Senior Leaving Certificate Examination (including Day School Certificate (Higher) General paper), 1948
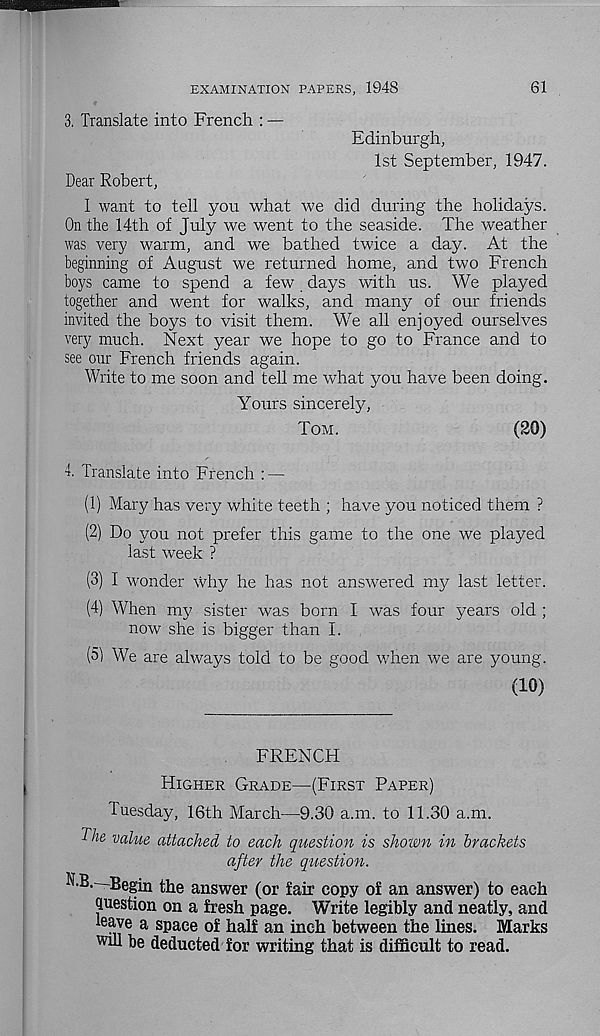
EXAMINATION PAPERS, 1948
61
3. Translate into French : —
Edinburgh,
1st September, 1947.
Dear Robert,
I want to tell you what we did during the holidays.
On the 14th of July we went to the seaside. The weather
was very warm, and we bathed twice a day. At the
beginning of August we returned home, and two French
boys came to spend a few days with us. We played
together and went for walks, and many of our friends
invited the boys to visit them. We all enjoyed ourselves
very much. Next year we hope to go to France and to
see our French friends again.
Write to me soon and tell me what you have been doing.
Yours sincerely,
Tom.
(20)
4. Translate into French : —
(1) Mary has very white teeth ; have you noticed them ?
(2) Do you not prefer this game to the one we played
last week ?
(3) I wonder why he has not answered my last letter.
(4) When my sister was born I was four years old ;
now she is bigger than I.
(5) We are always told to be good when we are young.
(10)
FRENCH
Higher Grade—(First Paper)
Tuesday, 16th March—9.30 a.m. to 11.30 a.m.
The value attached to each question is shown in brackets
after the question.
N.B.—Begin the answer (or fair copy of an answer) to each
Question on a fresh page. Write legibly and neatly, and
leave a space of half an inch between the lines. Marks
will be deducted for writing that is difficult to read.